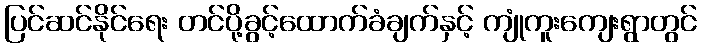
ပြင်ဆင်နိုင်ရေး တင်ပို့ခွင့်ထောက်ခံချက်နှင့် ကျုံကူးကျေးရွာတွင်